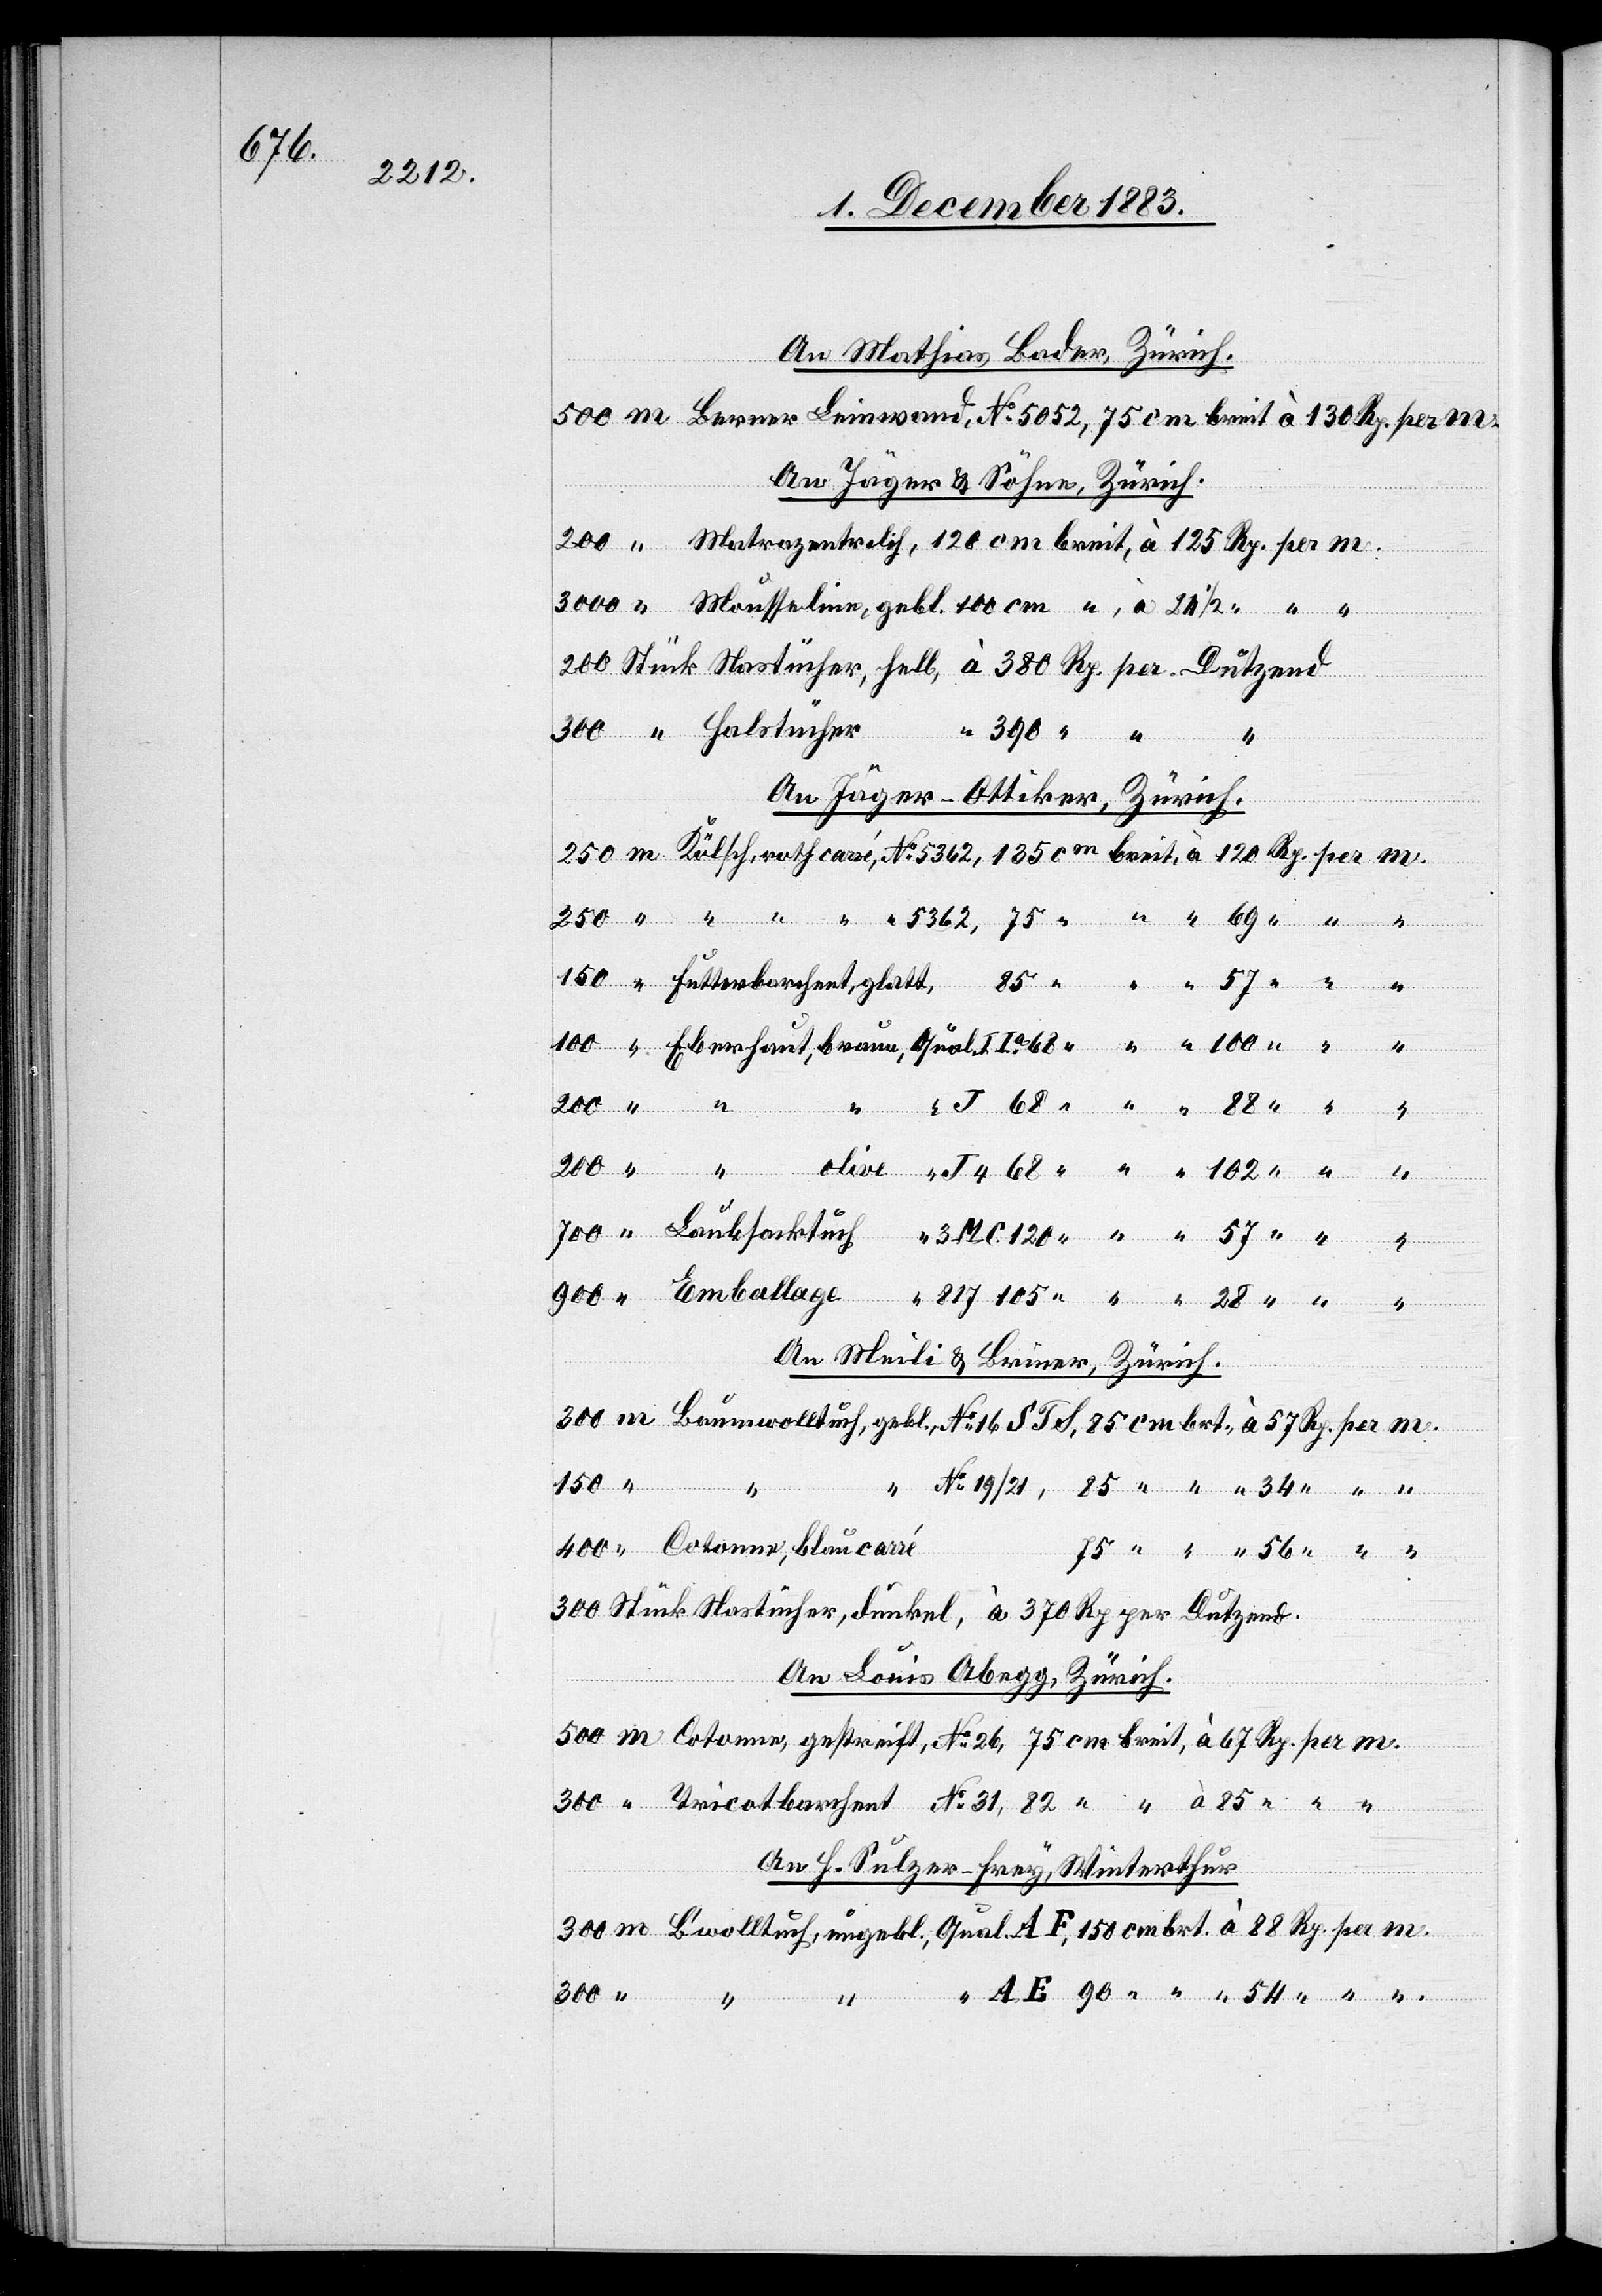
24 1/2

An Mathias Bader, Zürich.
An Jäger & Söhne, Zürich.
per
An Jäger-Ottiker, Zürich.
ungebl., Qual.
m.
An Meili & Briner, Zürich.
102
An Louis Abegg, Zürich.
An H. Sulzer-Frey, Winterthur.
.